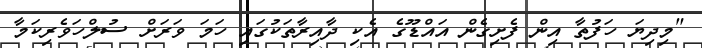
"މިދިޔަ ހަފުތާ އިން ފެށިގެން އައްޑޫގެ އެކި ދާއިރާތަކުގައި ހަމަ ވަރަށް ސުލްހަވެރިކަމާ